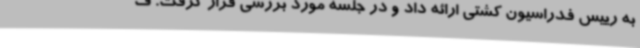
به رییس فدراسیون کشتی ارائه داد و در جلسه مورد بررسی قرار گرفت. ف